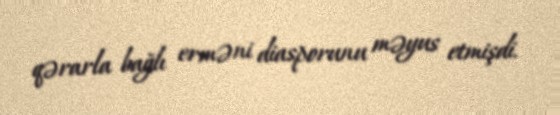
qərarla bağlı erməni diasporunu məyus etmişdi.